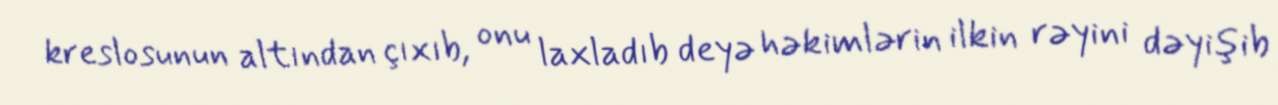
kreslosunun altından çıxıb, onu laxladıb deyə həkimlərin ilkin rəyini dəyişib